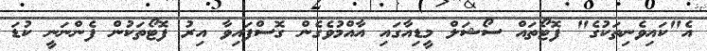
އެ"ކައިވެނިތަކުގެ" ފޮޓޯތައް ސޯޝަލް މީޑިއާގައި އާއްމުވެގެން ގޮސްފައިވާ އިރު ފޮޓޯތަކުން ފެންނަނީ ކުޑަ